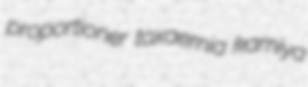
proportioner toxaemia kamiya